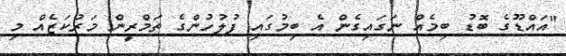
"އައްޑޫގެ ބޮޑު ބިމެއް ނަގައިގެން އެ ބިމުގައި ފުލުހުންގެ ތަމްރީން މަރުކަޒެއް މި